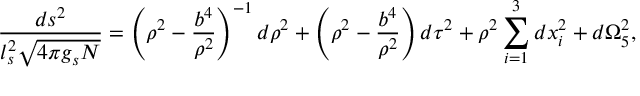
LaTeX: { \frac { d s ^ { 2 } } { l _ { s } ^ { 2 } \sqrt { 4 \pi g _ { s } N } } } = \left( \rho ^ { 2 } - { \frac { b ^ { 4 } } { \rho ^ { 2 } } } \right) ^ { - 1 } d \rho ^ { 2 } + \left( \rho ^ { 2 } - { \frac { b ^ { 4 } } { \rho ^ { 2 } } } \right) d \tau ^ { 2 } + \rho ^ { 2 } \sum _ { i = 1 } ^ { 3 } d x _ { i } ^ { 2 } + d \Omega _ { 5 } ^ { 2 } ,